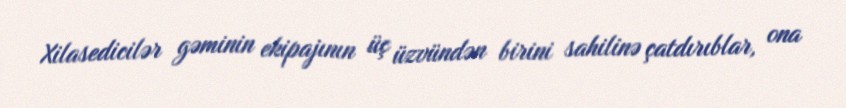
Xilasedicilər gəminin ekipajının üç üzvündən birini sahilinə çatdırıblar, ona